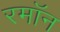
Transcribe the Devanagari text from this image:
रमॉन